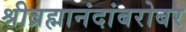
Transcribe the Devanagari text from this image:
श्रीब्रह्मानंदांबरोबर